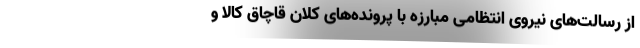
از رسالت‌های نیروی انتظامی مبارزه با پرونده‌های کلان قاچاق کالا و